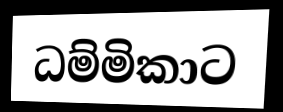
ධම්මිකාට